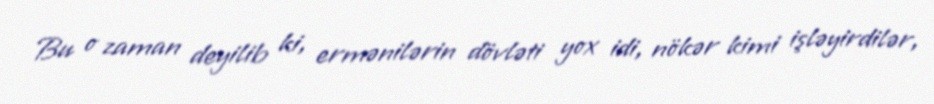
Bu o zaman deyilib ki, ermənilərin dövləti yox idi, nökər kimi işləyirdilər,